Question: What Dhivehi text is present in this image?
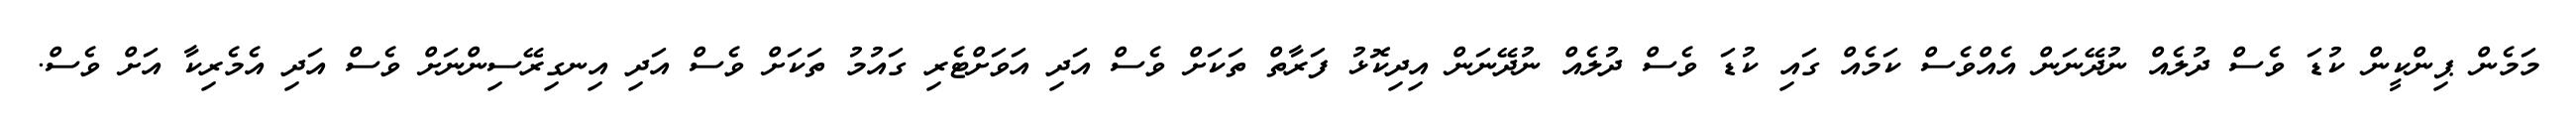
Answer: މަމެން ޕިންކީން ކުޑަ ވެސް ދުލެއް ނުދޭނަން އެއްވެސް ކަމެއް ގައި ކުޑަ ވެސް ދުލެއް ނުދޭނަން އިދިކޮޅު ފަރާތް ތަކަށް ވެސް އަދި އަވަށްޓެރި ގައުމު ތަކަށް ވެސް އަދި އިނގިރޭސިންނަށް ވެސް އަދި އެމެރިކާ އަށް ވެސް.